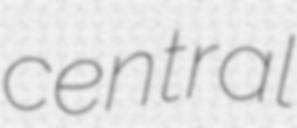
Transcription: central